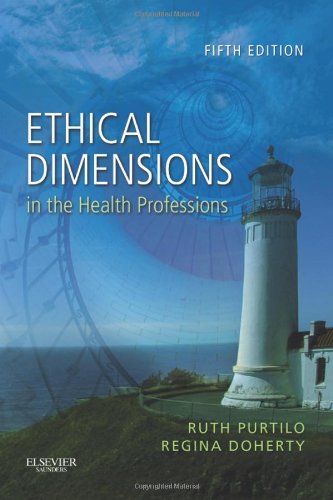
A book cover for Ethical Dimensions in the Health Professions, 5e; Ruth B. Purtilo PhD  FAPTA; Medical Books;